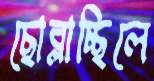
ছোব্‌লাচ্ছিলে